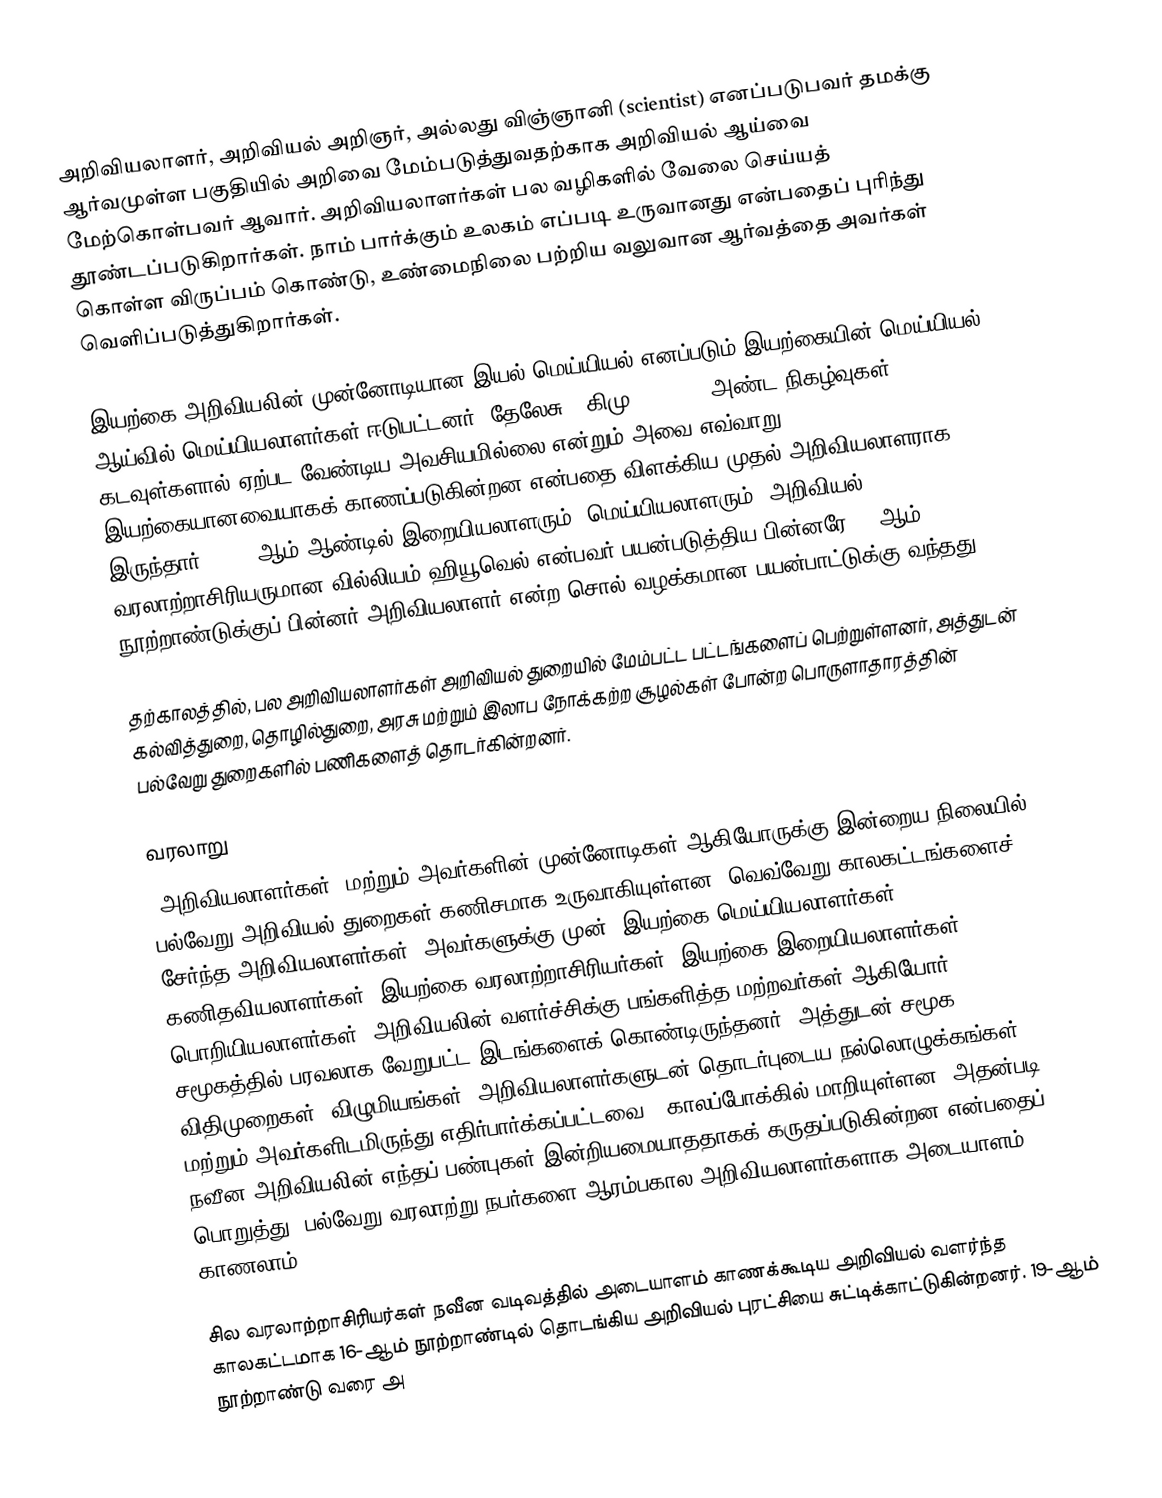
அறிவியலாளர், அறிவியல் அறிஞர், அல்லது விஞ்ஞானி (scientist) எனப்படுபவர் தமக்கு ஆர்வமுள்ள பகுதியில் அறிவை மேம்படுத்துவதற்காக அறிவியல் ஆய்வை மேற்கொள்பவர் ஆவார். அறிவியலாளர்கள் பல வழிகளில் வேலை செய்யத் தூண்டப்படுகிறார்கள். நாம் பார்க்கும் உலகம் எப்படி உருவானது என்பதைப் புரிந்து கொள்ள விருப்பம் கொண்டு, உண்மைநிலை பற்றிய வலுவான ஆர்வத்தை அவர்கள் வெளிப்படுத்துகிறார்கள்.

இயற்கை அறிவியலின் முன்னோடியான இயல் மெய்யியல் எனப்படும் இயற்கையின் மெய்யியல் ஆய்வில் மெய்யியலாளர்கள் ஈடுபட்டனர். தேலேசு ( கிமு 624-545) அண்ட நிகழ்வுகள் கடவுள்களால் ஏற்பட வேண்டிய அவசியமில்லை என்றும் அவை எவ்வாறு இயற்கையானவையாகக் காணப்படுகின்றன என்பதை விளக்கிய முதல் அறிவியலாளராக இருந்தார். 1833 ஆம் ஆண்டில் இறையியலாளரும், மெய்யியலாளரும், அறிவியல் வரலாற்றாசிரியருமான வில்லியம் ஹியூவெல் என்பவர் பயன்படுத்திய பின்னரே 19-ஆம் நூற்றாண்டுக்குப் பின்னர் அறிவியலாளர் என்ற சொல் வழக்கமான பயன்பாட்டுக்கு வந்தது.

தற்காலத்தில், பல அறிவியலாளர்கள் அறிவியல் துறையில் மேம்பட்ட பட்டங்களைப் பெற்றுள்ளனர், அத்துடன் கல்வித்துறை, தொழில்துறை, அரசு மற்றும் இலாப நோக்கற்ற சூழல்கள் போன்ற பொருளாதாரத்தின் பல்வேறு துறைகளில் பணிகளைத் தொடர்கின்றனர்.

வரலாறு
"அறிவியலாளர்கள்" மற்றும் அவர்களின் முன்னோடிகள் ஆகியோருக்கு இன்றைய நிலையில் பல்வேறு  அறிவியல் துறைகள் கணிசமாக உருவாகியுள்ளன. வெவ்வேறு காலகட்டங்களைச் சேர்ந்த அறிவியலாளர்கள் (அவர்களுக்கு முன், இயற்கை மெய்யியலாளர்கள், கணிதவியலாளர்கள், இயற்கை வரலாற்றாசிரியர்கள், இயற்கை இறையியலாளர்கள், பொறியியலாளர்கள், அறிவியலின் வளர்ச்சிக்கு பங்களித்த மற்றவர்கள் ஆகியோர்) சமூகத்தில் பரவலாக வேறுபட்ட இடங்களைக் கொண்டிருந்தனர். அத்துடன் சமூக விதிமுறைகள், விழுமியங்கள், அறிவியலாளர்களுடன் தொடர்புடைய நல்லொழுக்கங்கள் - மற்றும் அவர்களிடமிருந்து எதிர்பார்க்கப்பட்டவை - காலப்போக்கில் மாறியுள்ளன. அதன்படி, நவீன அறிவியலின் எந்தப் பண்புகள் இன்றியமையாததாகக் கருதப்படுகின்றன என்பதைப் பொறுத்து, பல்வேறு வரலாற்று நபர்களை ஆரம்பகால அறிவியலாளர்களாக அடையாளம் காணலாம்.

சில வரலாற்றாசிரியர்கள் நவீன வடிவத்தில் அடையாளம் காணக்கூடிய அறிவியல் வளர்ந்த காலகட்டமாக 16-ஆம் நூற்றாண்டில் தொடங்கிய அறிவியல் புரட்சியை சுட்டிக்காட்டுகின்றனர். 19-ஆம் நூற்றாண்டு வரை அ